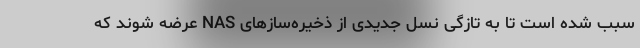
سبب شده است تا به تازگی نسل جدیدی از ذخیره‌سازهای NAS عرضه شوند که